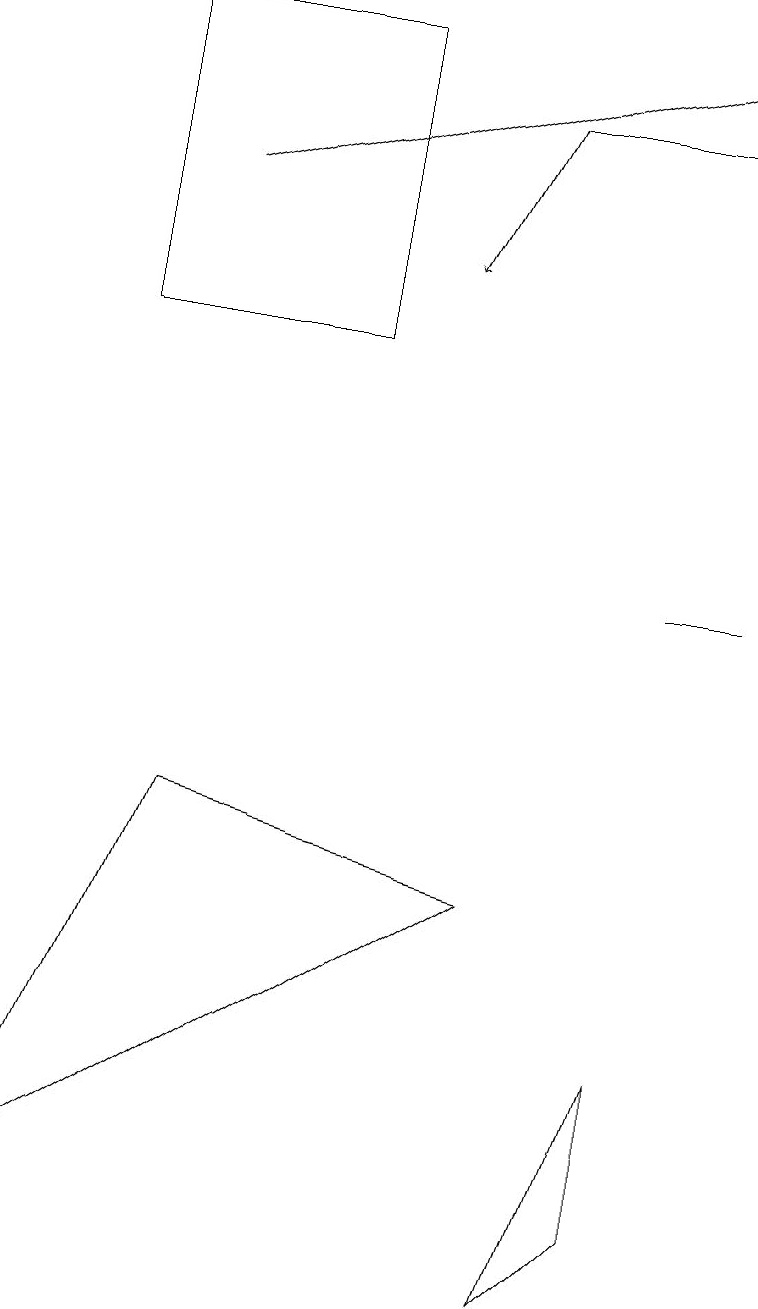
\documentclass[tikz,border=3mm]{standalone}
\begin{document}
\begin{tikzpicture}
\draw (8,10) rectangle (9,10);
\draw[->] (6,16) -- (5,14);
\draw[->] (2,15) -- (9,17);
\draw (8,4) -- (8,2) -- (7,1) -- cycle;
\draw (4,13) rectangle (1,17);
\draw (0,2) -- (2,7) -- (6,6) -- cycle;
\draw (6,16) rectangle (9,16);
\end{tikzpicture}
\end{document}